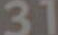
31